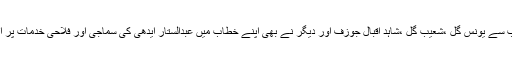
دعائیہ تقریب میں مسیحی برادی کے رہنمائوں اور عوام نے کثیر تعداد میں شرکت کی اس موقع پر تقریب سے یونس گل ،شعیب گل ،شاہد اقبال جوزف اور دیگر نے بھی اپنے خطاب میں عبدالستار ایدھی کی سماجی اور فلاحی خدمات پر انہیں خراج تحسین پیش کیا اور ان کی وفات سے پڑنے والے خلا کو ملک و قوم کا عظیم نقصان قرار دیا ۔